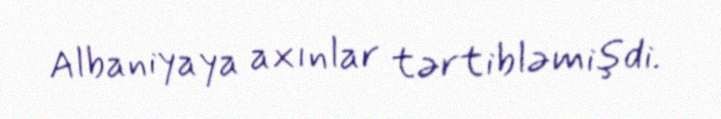
Albaniyaya axınlar tərtibləmişdi.